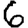
Digit: 6